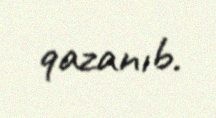
qazanıb.